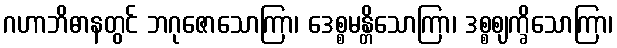
ဂဟာဘိဓာနတွင် ဘဂုဇောသောကြာ၊ ဒေစ္စမန္တိသောကြာ၊ ဒစ္စဈက္ခိသောကြာ၊